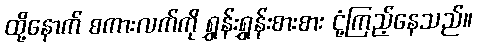
ထို့နောက် စကားလက်ကို ရွှန်းရွှန်းစားစား ငုံ့ကြည့်နေသည်။